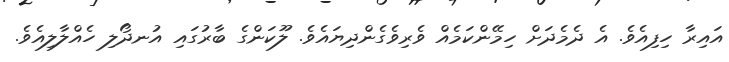
އައިރާ ހިފިއެވެ. އެ ދެމެދަށް ހިމޭންކަމެއް ވެރިވެގެންދިޔައެވެ. ލޫކަންގެ ބާރުގައި އުނދޯލި ހެއްލާލިއެވެ.